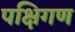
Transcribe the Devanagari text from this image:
पक्षिगण